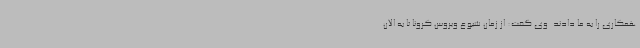
همکاری را به ما دادند. وی گفت: از زمان شیوع ویروس کرونا تا به الان